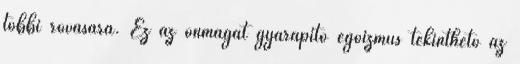
többi rovására. Ez az önmagát gyarapító egoizmus tekinthető az